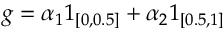
g = \alpha _ { 1 } 1 _ { [ 0 , 0 . 5 ] } + \alpha _ { 2 } 1 _ { [ 0 . 5 , 1 ] }